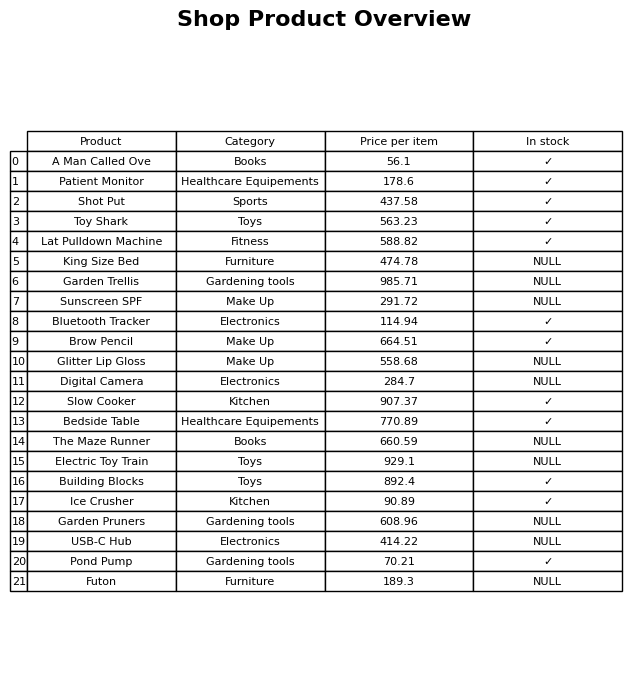
question: What is the price for Brow Pencil?
answer: The price of Brow Pencil is 664.51.